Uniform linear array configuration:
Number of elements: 64
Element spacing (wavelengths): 0.5
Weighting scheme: uniform
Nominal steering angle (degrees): -60
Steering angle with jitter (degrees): -60.495
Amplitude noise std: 0.05
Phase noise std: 0.05

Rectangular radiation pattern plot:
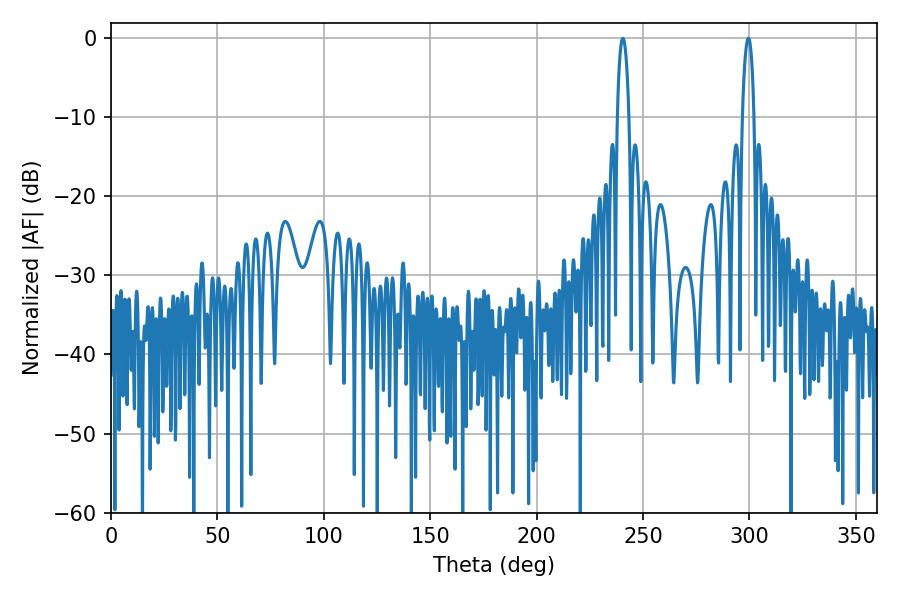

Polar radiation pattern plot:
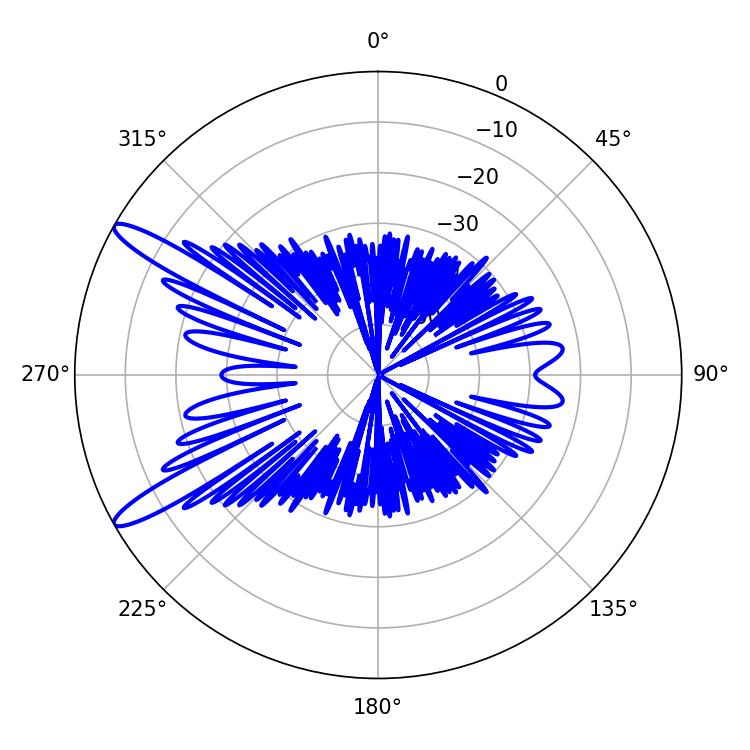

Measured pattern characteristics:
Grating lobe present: FALSE
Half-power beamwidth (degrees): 3.06
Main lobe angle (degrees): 240.48